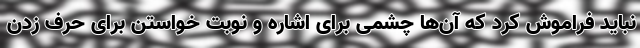
نباید فراموش کرد که آن‌ها چشمی برای اشاره و نوبت خواستن برای حرف زدن